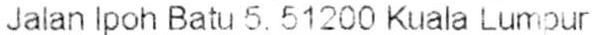
JALAN IPOH BATU 5, 51200 KUALA LUMPUR